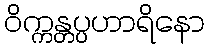
ဝိက္ကန္တပ္ပဟာရိနော